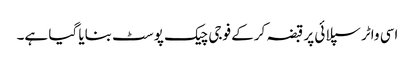
اسی واٹر سپلائی پر قبضہ کرکے فوجی چیک پوسٹ بنایا گیا ہے۔